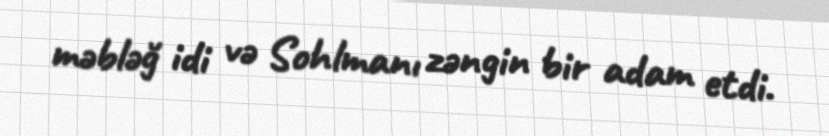
məbləğ idi və Sohlmanı zəngin bir adam etdi.